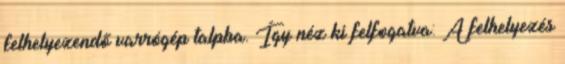
felhelyezendő varrógép talpba. Így néz ki felfogatva: A felhelyezés